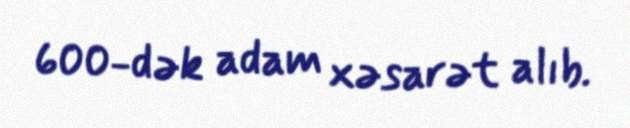
600-dək adam xəsarət alıb.